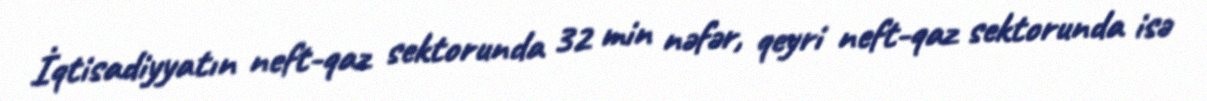
İqtisadiyyatın neft-qaz sektorunda 32 min nəfər, qeyri neft-qaz sektorunda isə